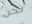
نحن